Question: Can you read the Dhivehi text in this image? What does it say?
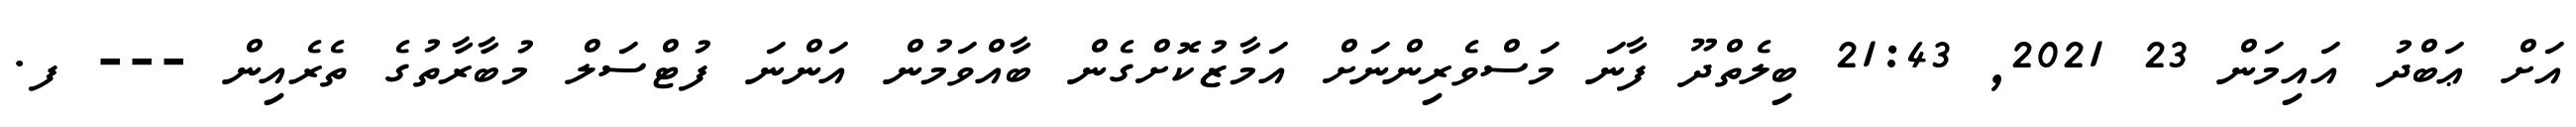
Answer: އަށް ޢަބްދު އައިމަން 23 2021, 21:43 ބިލެތްދޫ ފާނަ މަސްވެރިންނަށް އަމާޒުކޮށްގެން ބާއްވަމުން އަންނަ ފުޓްސަލް މުބާރާތުގެ ތެރެއިން --- ފ.